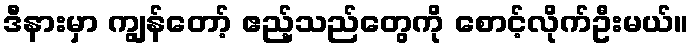
ဒီနားမှာ ကျွန်တော့် ဧည့်သည်တွေကို စောင့်လိုက်ဦးမယ်။